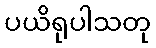
ပယိရုပါသတု